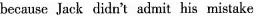
because Jack didn't admit his mistake